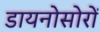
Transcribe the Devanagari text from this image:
डायनोसोरों